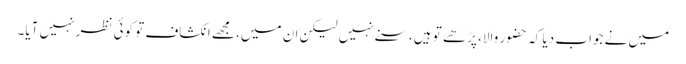
میں نے جواب دیا کہ حضور والا، پڑھے تو ہیں، سنے نہیں لیکن ان میں، مجھے انکشاف تو کوئی نظر نہیں آیا۔